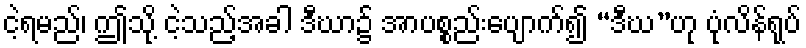
ငဲ့ရမည်၊ ဤသို့ ငဲ့သည့်အခါ ဒီဃာ၌ အာပစ္စည်းပျောက်၍ “ဒီဃ”ဟု ပုံလိန်ရုပ်